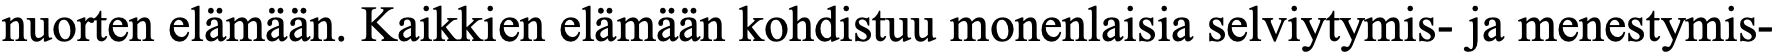
nuorten elämään. Kaikkien elämään kohdistuu monenlaisia selviytymis- ja menestymis-